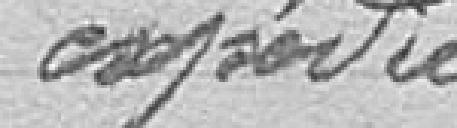
expédié